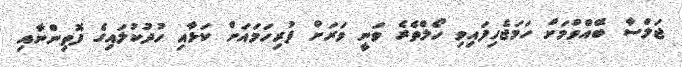
ޖަލްސާ ބޭއްވުމަށް ހަމަޖެހިފައިވި ހޯލްތެރެ ވަނީ ވަރަށް ފުރިހަމައަށް ކަޅާއި ހުދުކުލައިގެ ފޮތިންނާއި